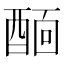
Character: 𨡞